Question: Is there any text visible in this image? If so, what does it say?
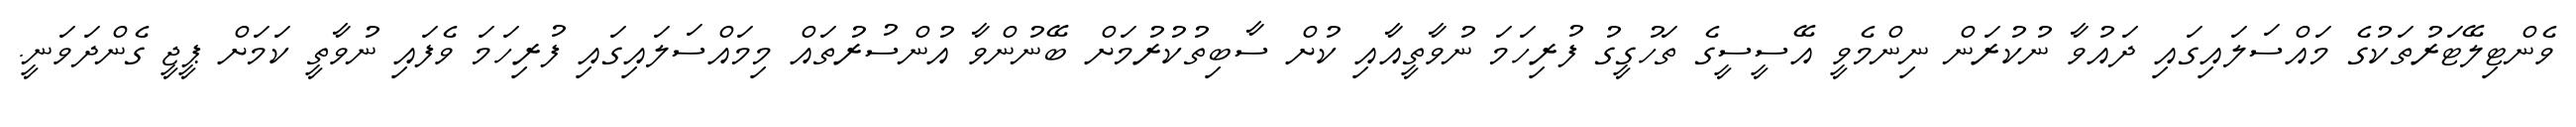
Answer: ވެންޓިލޭޓަރުތަކުގެ މައްސަލައިގައި ދައުވާ ނުކުރަން ނިންމެވީ އޭސީސީގެ ތަހުގީގު ފުރިހަމަ ނުވާތީއާއި ކުށް ސާބިތުކުރުމަށް ބޭނުންވާ އުންސުރުތައް މިމައްސަލައިގައި ފުރިހަމަ ވެފައި ނުވާތީ ކަމަށް ޕީޖީ ގެންދަވަނީ.